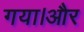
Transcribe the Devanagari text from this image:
गया।और